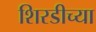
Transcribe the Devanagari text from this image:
शिरडीच्या